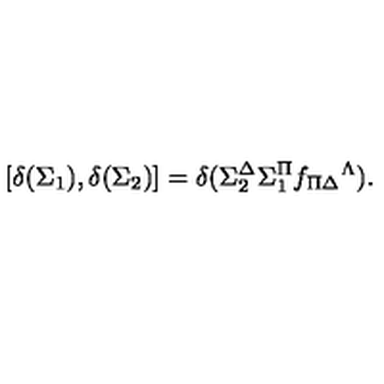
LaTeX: { } [ \delta ( \Sigma _ { 1 } ) , \delta ( \Sigma _ { 2 } ) ] = \delta ( \Sigma _ { 2 } ^ { \Delta } \Sigma _ { 1 } ^ { \Pi } f _ { \Pi \Delta } { } ^ { \Lambda } ) .